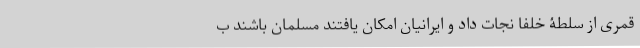
قمری از سلطۀ خلفا نجات داد و ایرانیان امکان یافتند مسلمان باشند ب